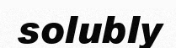
solubly